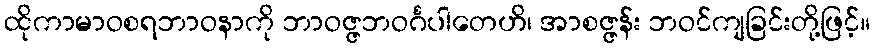
ထိုကာမာဝစရဘာဝနာကို ဘာဝဇ္ဇဘဝင်္ဂပါတေဟိ၊ အာစဇ္ဇန်း ဘဝင်ကျခြင်းတို့ဖြင့်။